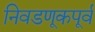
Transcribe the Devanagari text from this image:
निवडणूकपूर्व